King Institute of Preventive Medicine Micro-Biological Section reports 1909-11
Year: 1909
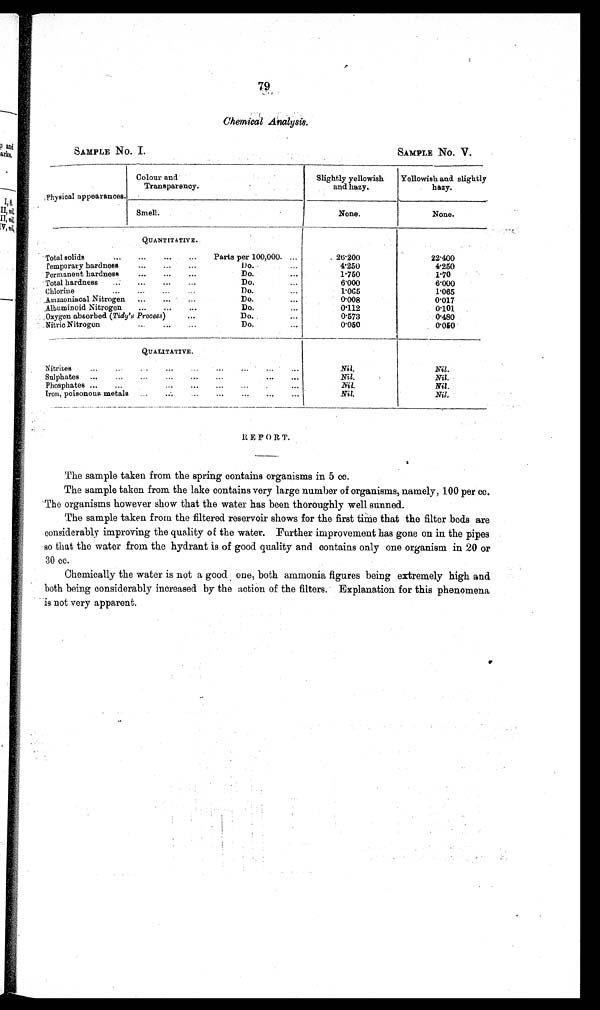
SAMPLE No. I.
SAMPLE No. V.
79
Chemical Analysis.
Physical appearances.
Colour and
Transparency.
Slightly yellowish
and hazy.
Yellowish and slightly
hazy.
Smell.
None.
None.
Q U A N T I T A T I V E .
.
. . .
. . .
.
. . .
Total solids..
per 100,000. ...
26.200
2 2 . 4 0 0
Temporary hardnessDo.
...
. . .
. . .
. . .
4.250
4.250
Permanent hardness ... ... ...
Do.
...
1.750
1.70
Total hardness ... ... ... ... Do. ...
6.000
6.000
Chlorine
... ... ... ...
Do.
...
1.065
1.065
Ammoniacal Nitrogen ... . . . . ..,
Do.
...
0.008
0.017
Albumin oid Nitrogen ... ... ... Do...,
0.112
0.101
Oxygen absorbed (Tidy' s Process) ...
Do.
. . .
0.573
0 . 4 8 0
Nitric Nitrogen... ... ...
0.050
0.050
QUALITATIVE.
Nitrites ... ...
... ... ... . ...
Nil.
Nil.
Sulphates ... ...
... ... ...
... ...
Nil.
Nil.
Phosphates ... ...
... ... ... ...
Nil.
N i l .
Iron, poisonous metals::
... ... ... ...
Nil.
REPORT.
The sample taken from the spring contains organisms in 5 cc.
The sample taken from the lake contains very large number of organisms. namely. 100 per cc.
The organisms however show that the water has been thoroughly well sunned.
The sample taken from the filtered reservoir shows for the first time that the filter beds are
considerably improving the quality of the water. Further improvement has gone on in the pipes
so that the water from the hydrant is of good quality and contains only one organism in 20 or
30 cc.
Chemically the water is not a good one, both ammonia figures being extremely high and
both being considerably increased by the action of the filters. Explanation for this phenomena
is not very apparent.